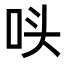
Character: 𭇚